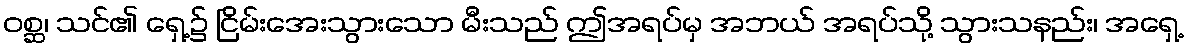
ဝစ္ဆ၊ သင်၏ ရှေ့၌ ငြိမ်းအေးသွားသော မီးသည် ဤအရပ်မှ အဘယ် အရပ်သို့ သွားသနည်း၊ အရှေ့